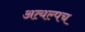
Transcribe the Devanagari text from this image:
अत्यल्पच